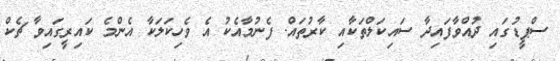
ސްޕީޑުގައި ދުއްވާފައިދާ ސައިކަލްތަކާއި ކާރުތައް. ފެނުމާއެކު އެ ވެހިކަލަކާ އެންމެ ކައިރީގައިވާ ޗެކް